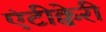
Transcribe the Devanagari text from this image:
एंटीक्वेरी